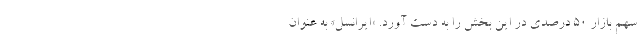
سهم بازار 50 درصدی در این بخش را به دست آورد. «ایرانسل» به عنوان